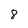
Character: 8